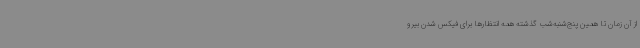
از آن زمان تا همین پنج‌شنبه‌شب گذشته همه انتظارها برای فیکس شدن بیرو